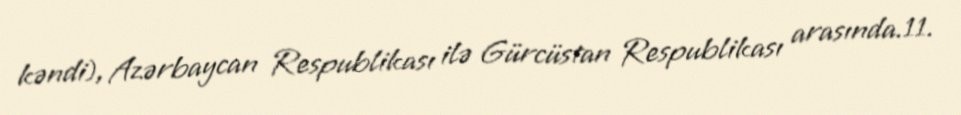
kəndi), Azərbaycan Respublikası ilə Gürcüstan Respublikası arasında.11.